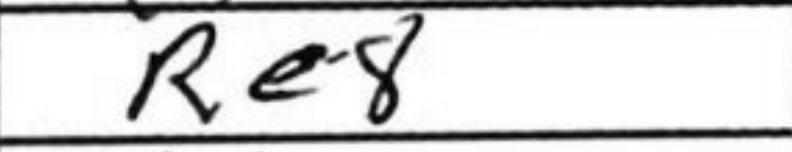
Transcription: Re8